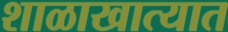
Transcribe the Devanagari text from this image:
शाळाखात्यात